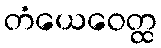
တံယေဝေတ္ထ